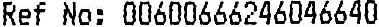
REF NO: 00600666246046640